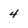
Character: 4